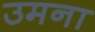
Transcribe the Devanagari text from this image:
उमना